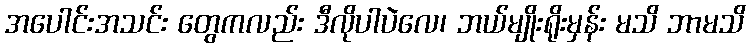
အပေါင်းအသင်း တွေကလည်း ဒီလိုပါပဲလေ၊ ဘယ်မျိုးရိုးမှန်း မသိ ဘာမသိ